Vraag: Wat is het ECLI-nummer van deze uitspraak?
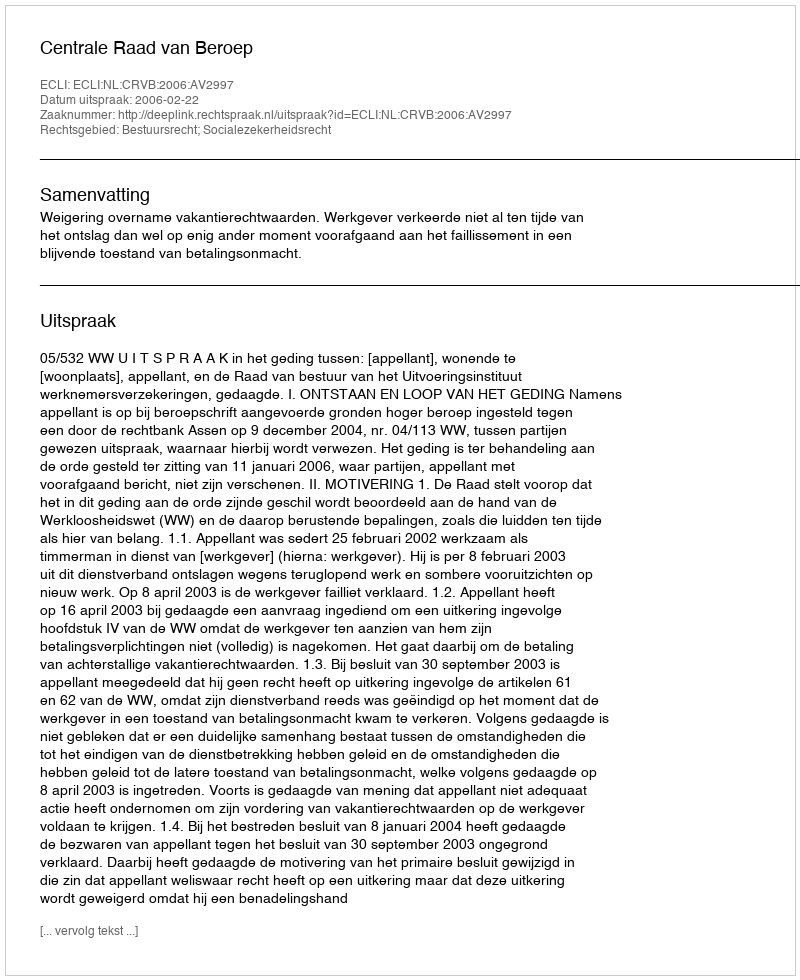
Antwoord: ECLI:NL:CRVB:2006:AV2997